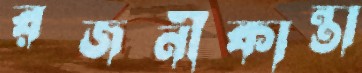
রজনীকান্তা